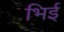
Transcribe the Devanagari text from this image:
भिई